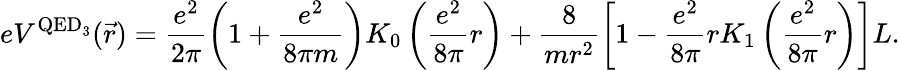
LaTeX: eV^{\mathrm{QED_{3}}}(\vec{r})=\frac{e^{2}}{2\pi}\left(1+\frac{e^{2}}{8\pi m}\right)K_{0}\left(\frac{e^{2}}{8\pi}r\right)+\frac{8}{mr^{2}}\left[1-\frac{e^{2}}{8\pi}rK_{1}\left(\frac{e^{2}}{8\pi}r\right)\right]L.